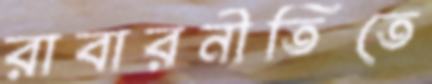
রাবারনীতিতে